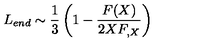
L _ { e n d } \sim \frac { 1 } { 3 } \left( 1 - \frac { F ( X ) } { 2 X F _ { , X } } \right)